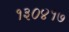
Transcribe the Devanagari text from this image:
१३०४१७